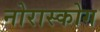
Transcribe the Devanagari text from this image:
नोरास्कोग